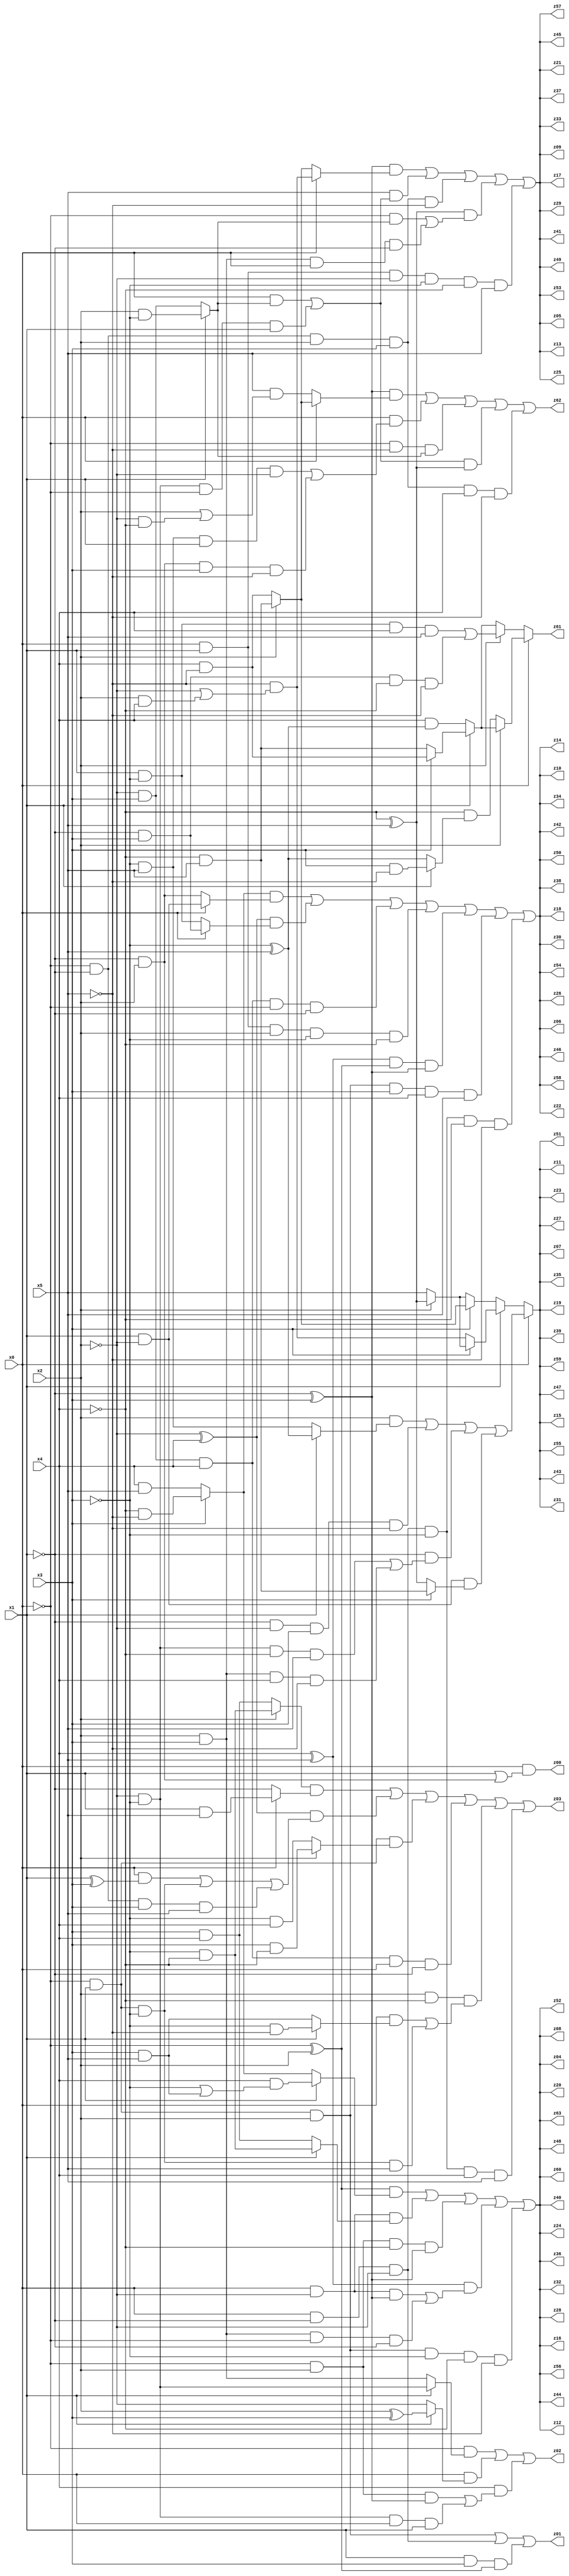
// Benchmark "q_10" written by ABC on Tue Jul 11 01:01:36 2023

module q_10 ( 
    x0, x1, x2, x3, x4, x5,
    z00, z01, z02, z03, z04, z05, z06, z07, z08, z09, z10, z11, z12, z13,
    z14, z15, z16, z17, z18, z19, z20, z21, z22, z23, z24, z25, z26, z27,
    z28, z29, z30, z31, z32, z33, z34, z35, z36, z37, z38, z39, z40, z41,
    z42, z43, z44, z45, z46, z47, z48, z49, z50, z51, z52, z53, z54, z55,
    z56, z57, z58, z59, z60, z61, z62, z63  );
  input  x0, x1, x2, x3, x4, x5;
  output z00, z01, z02, z03, z04, z05, z06, z07, z08, z09, z10, z11, z12, z13,
    z14, z15, z16, z17, z18, z19, z20, z21, z22, z23, z24, z25, z26, z27,
    z28, z29, z30, z31, z32, z33, z34, z35, z36, z37, z38, z39, z40, z41,
    z42, z43, z44, z45, z46, z47, z48, z49, z50, z51, z52, z53, z54, z55,
    z56, z57, z58, z59, z60, z61, z62, z63;
  assign z00 = x0 & (x1 | (~x1 & x2));
  assign z01 = (~x0 & x1 & x2) | (x0 & ~x1 & ~x2) | (x1 & x3 & (~x0 ^ x2));
  assign z02 = (~x0 & (x1 ? (~x2 & ~x3) : (x2 & x3))) | (x0 & (x1 ? (x2 ^ x3) : ~x2)) | (x4 & ((~x0 & x2 & (~x1 ^ x3)) | (~x2 & ~x3 & x0 & x1)));
  assign z03 = ((x2 ? (~x3 & ~x4) : (x3 & x4)) & (x0 ? (x1 & x5) : ~x1)) | ((~x2 ^ x4) & ((x0 & (x1 ^ x3)) | (~x0 & x1 & ~x3) | (~x0 & ~x1 & x3 & x5))) | (~x0 & x1 & (x2 ? (x3 & ~x4) : (~x3 & x4))) | (~x2 & x3 & x4 & x0 & ~x1) | (x2 & ~x4 & ((x0 & (x1 ? (~x3 & ~x5) : (x3 & x5))) | (~x0 & x1 & ~x3 & x5))) | (x0 & ~x1 & ~x2 & ~x3 & x4 & x5);
  assign z04 = ((~x0 ^ x2) & (x1 ? (x4 & (~x3 | (x3 & x5))) : (x3 ? (~x4 & ~x5) : (x4 & x5)))) | (x0 & ~x2 & (x1 ? (~x3 & ~x4) : (x3 & x4))) | (~x0 & x2 & ~x4 & (~x1 ^ x3)) | ((x4 ^ x5) & ((x0 & ~x2 & (~x1 ^ x3)) | (x2 & x3 & ~x0 & ~x1))) | (~x0 & x1 & x2 & ~x3 & ~x4 & ~x5);
  assign z05 = ((~x1 ^ x3) & (x0 ? (~x5 & (~x2 | (x2 & x4))) : (x2 ? (~x4 & x5) : (x4 & ~x5)))) | (x5 & ((x0 & (x1 ? (x2 & ~x3) : (~x2 & x3))) | (~x2 & ~x3 & ~x0 & x1))) | (~x0 & ~x1 & x2 & x3 & ~x5) | ((~x4 ^ x5) & ((~x0 & (x1 ? (x2 & ~x3) : (~x2 & x3))) | (x2 & x3 & x0 & ~x1))) | (x0 & x1 & ~x2 & ~x3 & ~x4 & x5);
  assign z06 = ((x3 ? (~x4 & ~x5) : (x4 & x5)) & (x0 ? (x1 & ~x2) : (~x1 & x2))) | ((~x2 ^ x4) & (x0 ? (~x1 & x3) : (x1 & ~x3))) | (~x2 & x3 & x4 & ~x0 & ~x1) | (x0 & x1 & x2 & ~x3 & ~x4) | ((x4 ^ x5) & (~x0 ^ x2) & (~x1 ^ x3)) | (~x0 & x1 & x2 & x3 & x4 & x5) | (x0 & ~x1 & ~x2 & ~x3 & ~x4 & ~x5);
  assign z07 = x0 ? ((x2 & (x1 ? (~x3 ^ x5) : (~x3 & x5))) | (~x1 & ~x2 & x3 & ~x5) | (~x1 & ((~x2 & ~x3 & ~x4 & x5) | (x2 & x3 & x4 & ~x5))) | (x1 & ~x2 & (x3 ? (~x4 & x5) : (~x4 ^ x5)))) : (x1 ? (x3 ? (x2 ? (~x4 ^ x5) : x5) : (~x5 & (~x2 | (x2 & x4)))) : (x3 ? (x2 ? (~x4 & x5) : (x4 & ~x5)) : (x2 ? (~x4 ^ x5) : x5)));
  assign z08 = ((~x0 ^ x2) & (x1 ? (x4 & (~x3 | (x3 & x5))) : (x3 ? (~x4 & ~x5) : (x4 & x5)))) | (x0 & ~x2 & (x1 ? (~x3 & ~x4) : (x3 & x4))) | (~x0 & x2 & ~x4 & (~x1 ^ x3)) | ((x4 ^ x5) & ((x0 & ~x2 & (~x1 ^ x3)) | (x2 & x3 & ~x0 & ~x1))) | (~x0 & x1 & x2 & ~x3 & ~x4 & ~x5);
  assign z09 = ((~x1 ^ x3) & (x0 ? (~x5 & (~x2 | (x2 & x4))) : (x2 ? (~x4 & x5) : (x4 & ~x5)))) | (x5 & ((x0 & (x1 ? (x2 & ~x3) : (~x2 & x3))) | (~x2 & ~x3 & ~x0 & x1))) | (~x0 & ~x1 & x2 & x3 & ~x5) | ((~x4 ^ x5) & ((~x0 & (x1 ? (x2 & ~x3) : (~x2 & x3))) | (x2 & x3 & x0 & ~x1))) | (x0 & x1 & ~x2 & ~x3 & ~x4 & x5);
  assign z10 = ((x3 ? (~x4 & ~x5) : (x4 & x5)) & (x0 ? (x1 & ~x2) : (~x1 & x2))) | ((~x2 ^ x4) & (x0 ? (~x1 & x3) : (x1 & ~x3))) | (~x2 & x3 & x4 & ~x0 & ~x1) | (x0 & x1 & x2 & ~x3 & ~x4) | ((x4 ^ x5) & (~x0 ^ x2) & (~x1 ^ x3)) | (~x0 & x1 & x2 & x3 & x4 & x5) | (x0 & ~x1 & ~x2 & ~x3 & ~x4 & ~x5);
  assign z11 = x0 ? ((x2 & (x1 ? (~x3 ^ x5) : (~x3 & x5))) | (~x1 & ~x2 & x3 & ~x5) | (~x1 & ((~x2 & ~x3 & ~x4 & x5) | (x2 & x3 & x4 & ~x5))) | (x1 & ~x2 & (x3 ? (~x4 & x5) : (~x4 ^ x5)))) : (x1 ? (x3 ? (x2 ? (~x4 ^ x5) : x5) : (~x5 & (~x2 | (x2 & x4)))) : (x3 ? (x2 ? (~x4 & x5) : (x4 & ~x5)) : (x2 ? (~x4 ^ x5) : x5)));
  assign z12 = ((~x0 ^ x2) & (x1 ? (x4 & (~x3 | (x3 & x5))) : (x3 ? (~x4 & ~x5) : (x4 & x5)))) | (x0 & ~x2 & (x1 ? (~x3 & ~x4) : (x3 & x4))) | (~x0 & x2 & ~x4 & (~x1 ^ x3)) | ((x4 ^ x5) & ((x0 & ~x2 & (~x1 ^ x3)) | (x2 & x3 & ~x0 & ~x1))) | (~x0 & x1 & x2 & ~x3 & ~x4 & ~x5);
  assign z13 = ((~x1 ^ x3) & (x0 ? (~x5 & (~x2 | (x2 & x4))) : (x2 ? (~x4 & x5) : (x4 & ~x5)))) | (x5 & ((x0 & (x1 ? (x2 & ~x3) : (~x2 & x3))) | (~x2 & ~x3 & ~x0 & x1))) | (~x0 & ~x1 & x2 & x3 & ~x5) | ((~x4 ^ x5) & ((~x0 & (x1 ? (x2 & ~x3) : (~x2 & x3))) | (x2 & x3 & x0 & ~x1))) | (x0 & x1 & ~x2 & ~x3 & ~x4 & x5);
  assign z14 = ((x3 ? (~x4 & ~x5) : (x4 & x5)) & (x0 ? (x1 & ~x2) : (~x1 & x2))) | ((~x2 ^ x4) & (x0 ? (~x1 & x3) : (x1 & ~x3))) | (~x2 & x3 & x4 & ~x0 & ~x1) | (x0 & x1 & x2 & ~x3 & ~x4) | ((x4 ^ x5) & (~x0 ^ x2) & (~x1 ^ x3)) | (~x0 & x1 & x2 & x3 & x4 & x5) | (x0 & ~x1 & ~x2 & ~x3 & ~x4 & ~x5);
  assign z15 = x0 ? ((x2 & (x1 ? (~x3 ^ x5) : (~x3 & x5))) | (~x1 & ~x2 & x3 & ~x5) | (~x1 & ((~x2 & ~x3 & ~x4 & x5) | (x2 & x3 & x4 & ~x5))) | (x1 & ~x2 & (x3 ? (~x4 & x5) : (~x4 ^ x5)))) : (x1 ? (x3 ? (x2 ? (~x4 ^ x5) : x5) : (~x5 & (~x2 | (x2 & x4)))) : (x3 ? (x2 ? (~x4 & x5) : (x4 & ~x5)) : (x2 ? (~x4 ^ x5) : x5)));
  assign z16 = ((~x0 ^ x2) & (x1 ? (x4 & (~x3 | (x3 & x5))) : (x3 ? (~x4 & ~x5) : (x4 & x5)))) | (x0 & ~x2 & (x1 ? (~x3 & ~x4) : (x3 & x4))) | (~x0 & x2 & ~x4 & (~x1 ^ x3)) | ((x4 ^ x5) & ((x0 & ~x2 & (~x1 ^ x3)) | (x2 & x3 & ~x0 & ~x1))) | (~x0 & x1 & x2 & ~x3 & ~x4 & ~x5);
  assign z17 = ((~x1 ^ x3) & (x0 ? (~x5 & (~x2 | (x2 & x4))) : (x2 ? (~x4 & x5) : (x4 & ~x5)))) | (x5 & ((x0 & (x1 ? (x2 & ~x3) : (~x2 & x3))) | (~x2 & ~x3 & ~x0 & x1))) | (~x0 & ~x1 & x2 & x3 & ~x5) | ((~x4 ^ x5) & ((~x0 & (x1 ? (x2 & ~x3) : (~x2 & x3))) | (x2 & x3 & x0 & ~x1))) | (x0 & x1 & ~x2 & ~x3 & ~x4 & x5);
  assign z18 = ((x3 ? (~x4 & ~x5) : (x4 & x5)) & (x0 ? (x1 & ~x2) : (~x1 & x2))) | ((~x2 ^ x4) & (x0 ? (~x1 & x3) : (x1 & ~x3))) | (~x2 & x3 & x4 & ~x0 & ~x1) | (x0 & x1 & x2 & ~x3 & ~x4) | ((x4 ^ x5) & (~x0 ^ x2) & (~x1 ^ x3)) | (~x0 & x1 & x2 & x3 & x4 & x5) | (x0 & ~x1 & ~x2 & ~x3 & ~x4 & ~x5);
  assign z19 = x0 ? ((x2 & (x1 ? (~x3 ^ x5) : (~x3 & x5))) | (~x1 & ~x2 & x3 & ~x5) | (~x1 & ((~x2 & ~x3 & ~x4 & x5) | (x2 & x3 & x4 & ~x5))) | (x1 & ~x2 & (x3 ? (~x4 & x5) : (~x4 ^ x5)))) : (x1 ? (x3 ? (x2 ? (~x4 ^ x5) : x5) : (~x5 & (~x2 | (x2 & x4)))) : (x3 ? (x2 ? (~x4 & x5) : (x4 & ~x5)) : (x2 ? (~x4 ^ x5) : x5)));
  assign z20 = ((~x0 ^ x2) & (x1 ? (x4 & (~x3 | (x3 & x5))) : (x3 ? (~x4 & ~x5) : (x4 & x5)))) | (x0 & ~x2 & (x1 ? (~x3 & ~x4) : (x3 & x4))) | (~x0 & x2 & ~x4 & (~x1 ^ x3)) | ((x4 ^ x5) & ((x0 & ~x2 & (~x1 ^ x3)) | (x2 & x3 & ~x0 & ~x1))) | (~x0 & x1 & x2 & ~x3 & ~x4 & ~x5);
  assign z21 = ((~x1 ^ x3) & (x0 ? (~x5 & (~x2 | (x2 & x4))) : (x2 ? (~x4 & x5) : (x4 & ~x5)))) | (x5 & ((x0 & (x1 ? (x2 & ~x3) : (~x2 & x3))) | (~x2 & ~x3 & ~x0 & x1))) | (~x0 & ~x1 & x2 & x3 & ~x5) | ((~x4 ^ x5) & ((~x0 & (x1 ? (x2 & ~x3) : (~x2 & x3))) | (x2 & x3 & x0 & ~x1))) | (x0 & x1 & ~x2 & ~x3 & ~x4 & x5);
  assign z22 = ((x3 ? (~x4 & ~x5) : (x4 & x5)) & (x0 ? (x1 & ~x2) : (~x1 & x2))) | ((~x2 ^ x4) & (x0 ? (~x1 & x3) : (x1 & ~x3))) | (~x2 & x3 & x4 & ~x0 & ~x1) | (x0 & x1 & x2 & ~x3 & ~x4) | ((x4 ^ x5) & (~x0 ^ x2) & (~x1 ^ x3)) | (~x0 & x1 & x2 & x3 & x4 & x5) | (x0 & ~x1 & ~x2 & ~x3 & ~x4 & ~x5);
  assign z23 = x0 ? ((x2 & (x1 ? (~x3 ^ x5) : (~x3 & x5))) | (~x1 & ~x2 & x3 & ~x5) | (~x1 & ((~x2 & ~x3 & ~x4 & x5) | (x2 & x3 & x4 & ~x5))) | (x1 & ~x2 & (x3 ? (~x4 & x5) : (~x4 ^ x5)))) : (x1 ? (x3 ? (x2 ? (~x4 ^ x5) : x5) : (~x5 & (~x2 | (x2 & x4)))) : (x3 ? (x2 ? (~x4 & x5) : (x4 & ~x5)) : (x2 ? (~x4 ^ x5) : x5)));
  assign z24 = ((~x0 ^ x2) & (x1 ? (x4 & (~x3 | (x3 & x5))) : (x3 ? (~x4 & ~x5) : (x4 & x5)))) | (x0 & ~x2 & (x1 ? (~x3 & ~x4) : (x3 & x4))) | (~x0 & x2 & ~x4 & (~x1 ^ x3)) | ((x4 ^ x5) & ((x0 & ~x2 & (~x1 ^ x3)) | (x2 & x3 & ~x0 & ~x1))) | (~x0 & x1 & x2 & ~x3 & ~x4 & ~x5);
  assign z25 = ((~x1 ^ x3) & (x0 ? (~x5 & (~x2 | (x2 & x4))) : (x2 ? (~x4 & x5) : (x4 & ~x5)))) | (x5 & ((x0 & (x1 ? (x2 & ~x3) : (~x2 & x3))) | (~x2 & ~x3 & ~x0 & x1))) | (~x0 & ~x1 & x2 & x3 & ~x5) | ((~x4 ^ x5) & ((~x0 & (x1 ? (x2 & ~x3) : (~x2 & x3))) | (x2 & x3 & x0 & ~x1))) | (x0 & x1 & ~x2 & ~x3 & ~x4 & x5);
  assign z26 = ((x3 ? (~x4 & ~x5) : (x4 & x5)) & (x0 ? (x1 & ~x2) : (~x1 & x2))) | ((~x2 ^ x4) & (x0 ? (~x1 & x3) : (x1 & ~x3))) | (~x2 & x3 & x4 & ~x0 & ~x1) | (x0 & x1 & x2 & ~x3 & ~x4) | ((x4 ^ x5) & (~x0 ^ x2) & (~x1 ^ x3)) | (~x0 & x1 & x2 & x3 & x4 & x5) | (x0 & ~x1 & ~x2 & ~x3 & ~x4 & ~x5);
  assign z27 = x0 ? ((x2 & (x1 ? (~x3 ^ x5) : (~x3 & x5))) | (~x1 & ~x2 & x3 & ~x5) | (~x1 & ((~x2 & ~x3 & ~x4 & x5) | (x2 & x3 & x4 & ~x5))) | (x1 & ~x2 & (x3 ? (~x4 & x5) : (~x4 ^ x5)))) : (x1 ? (x3 ? (x2 ? (~x4 ^ x5) : x5) : (~x5 & (~x2 | (x2 & x4)))) : (x3 ? (x2 ? (~x4 & x5) : (x4 & ~x5)) : (x2 ? (~x4 ^ x5) : x5)));
  assign z28 = ((~x0 ^ x2) & (x1 ? (x4 & (~x3 | (x3 & x5))) : (x3 ? (~x4 & ~x5) : (x4 & x5)))) | (x0 & ~x2 & (x1 ? (~x3 & ~x4) : (x3 & x4))) | (~x0 & x2 & ~x4 & (~x1 ^ x3)) | ((x4 ^ x5) & ((x0 & ~x2 & (~x1 ^ x3)) | (x2 & x3 & ~x0 & ~x1))) | (~x0 & x1 & x2 & ~x3 & ~x4 & ~x5);
  assign z29 = ((~x1 ^ x3) & (x0 ? (~x5 & (~x2 | (x2 & x4))) : (x2 ? (~x4 & x5) : (x4 & ~x5)))) | (x5 & ((x0 & (x1 ? (x2 & ~x3) : (~x2 & x3))) | (~x2 & ~x3 & ~x0 & x1))) | (~x0 & ~x1 & x2 & x3 & ~x5) | ((~x4 ^ x5) & ((~x0 & (x1 ? (x2 & ~x3) : (~x2 & x3))) | (x2 & x3 & x0 & ~x1))) | (x0 & x1 & ~x2 & ~x3 & ~x4 & x5);
  assign z30 = ((x3 ? (~x4 & ~x5) : (x4 & x5)) & (x0 ? (x1 & ~x2) : (~x1 & x2))) | ((~x2 ^ x4) & (x0 ? (~x1 & x3) : (x1 & ~x3))) | (~x2 & x3 & x4 & ~x0 & ~x1) | (x0 & x1 & x2 & ~x3 & ~x4) | ((x4 ^ x5) & (~x0 ^ x2) & (~x1 ^ x3)) | (~x0 & x1 & x2 & x3 & x4 & x5) | (x0 & ~x1 & ~x2 & ~x3 & ~x4 & ~x5);
  assign z31 = x0 ? ((x2 & (x1 ? (~x3 ^ x5) : (~x3 & x5))) | (~x1 & ~x2 & x3 & ~x5) | (~x1 & ((~x2 & ~x3 & ~x4 & x5) | (x2 & x3 & x4 & ~x5))) | (x1 & ~x2 & (x3 ? (~x4 & x5) : (~x4 ^ x5)))) : (x1 ? (x3 ? (x2 ? (~x4 ^ x5) : x5) : (~x5 & (~x2 | (x2 & x4)))) : (x3 ? (x2 ? (~x4 & x5) : (x4 & ~x5)) : (x2 ? (~x4 ^ x5) : x5)));
  assign z32 = ((~x0 ^ x2) & (x1 ? (x4 & (~x3 | (x3 & x5))) : (x3 ? (~x4 & ~x5) : (x4 & x5)))) | (x0 & ~x2 & (x1 ? (~x3 & ~x4) : (x3 & x4))) | (~x0 & x2 & ~x4 & (~x1 ^ x3)) | ((x4 ^ x5) & ((x0 & ~x2 & (~x1 ^ x3)) | (x2 & x3 & ~x0 & ~x1))) | (~x0 & x1 & x2 & ~x3 & ~x4 & ~x5);
  assign z33 = ((~x1 ^ x3) & (x0 ? (~x5 & (~x2 | (x2 & x4))) : (x2 ? (~x4 & x5) : (x4 & ~x5)))) | (x5 & ((x0 & (x1 ? (x2 & ~x3) : (~x2 & x3))) | (~x2 & ~x3 & ~x0 & x1))) | (~x0 & ~x1 & x2 & x3 & ~x5) | ((~x4 ^ x5) & ((~x0 & (x1 ? (x2 & ~x3) : (~x2 & x3))) | (x2 & x3 & x0 & ~x1))) | (x0 & x1 & ~x2 & ~x3 & ~x4 & x5);
  assign z34 = ((x3 ? (~x4 & ~x5) : (x4 & x5)) & (x0 ? (x1 & ~x2) : (~x1 & x2))) | ((~x2 ^ x4) & (x0 ? (~x1 & x3) : (x1 & ~x3))) | (~x2 & x3 & x4 & ~x0 & ~x1) | (x0 & x1 & x2 & ~x3 & ~x4) | ((x4 ^ x5) & (~x0 ^ x2) & (~x1 ^ x3)) | (~x0 & x1 & x2 & x3 & x4 & x5) | (x0 & ~x1 & ~x2 & ~x3 & ~x4 & ~x5);
  assign z35 = x0 ? ((x2 & (x1 ? (~x3 ^ x5) : (~x3 & x5))) | (~x1 & ~x2 & x3 & ~x5) | (~x1 & ((~x2 & ~x3 & ~x4 & x5) | (x2 & x3 & x4 & ~x5))) | (x1 & ~x2 & (x3 ? (~x4 & x5) : (~x4 ^ x5)))) : (x1 ? (x3 ? (x2 ? (~x4 ^ x5) : x5) : (~x5 & (~x2 | (x2 & x4)))) : (x3 ? (x2 ? (~x4 & x5) : (x4 & ~x5)) : (x2 ? (~x4 ^ x5) : x5)));
  assign z36 = ((~x0 ^ x2) & (x1 ? (x4 & (~x3 | (x3 & x5))) : (x3 ? (~x4 & ~x5) : (x4 & x5)))) | (x0 & ~x2 & (x1 ? (~x3 & ~x4) : (x3 & x4))) | (~x0 & x2 & ~x4 & (~x1 ^ x3)) | ((x4 ^ x5) & ((x0 & ~x2 & (~x1 ^ x3)) | (x2 & x3 & ~x0 & ~x1))) | (~x0 & x1 & x2 & ~x3 & ~x4 & ~x5);
  assign z37 = ((~x1 ^ x3) & (x0 ? (~x5 & (~x2 | (x2 & x4))) : (x2 ? (~x4 & x5) : (x4 & ~x5)))) | (x5 & ((x0 & (x1 ? (x2 & ~x3) : (~x2 & x3))) | (~x2 & ~x3 & ~x0 & x1))) | (~x0 & ~x1 & x2 & x3 & ~x5) | ((~x4 ^ x5) & ((~x0 & (x1 ? (x2 & ~x3) : (~x2 & x3))) | (x2 & x3 & x0 & ~x1))) | (x0 & x1 & ~x2 & ~x3 & ~x4 & x5);
  assign z38 = ((x3 ? (~x4 & ~x5) : (x4 & x5)) & (x0 ? (x1 & ~x2) : (~x1 & x2))) | ((~x2 ^ x4) & (x0 ? (~x1 & x3) : (x1 & ~x3))) | (~x2 & x3 & x4 & ~x0 & ~x1) | (x0 & x1 & x2 & ~x3 & ~x4) | ((x4 ^ x5) & (~x0 ^ x2) & (~x1 ^ x3)) | (~x0 & x1 & x2 & x3 & x4 & x5) | (x0 & ~x1 & ~x2 & ~x3 & ~x4 & ~x5);
  assign z39 = x0 ? ((x2 & (x1 ? (~x3 ^ x5) : (~x3 & x5))) | (~x1 & ~x2 & x3 & ~x5) | (~x1 & ((~x2 & ~x3 & ~x4 & x5) | (x2 & x3 & x4 & ~x5))) | (x1 & ~x2 & (x3 ? (~x4 & x5) : (~x4 ^ x5)))) : (x1 ? (x3 ? (x2 ? (~x4 ^ x5) : x5) : (~x5 & (~x2 | (x2 & x4)))) : (x3 ? (x2 ? (~x4 & x5) : (x4 & ~x5)) : (x2 ? (~x4 ^ x5) : x5)));
  assign z40 = ((~x0 ^ x2) & (x1 ? (x4 & (~x3 | (x3 & x5))) : (x3 ? (~x4 & ~x5) : (x4 & x5)))) | (x0 & ~x2 & (x1 ? (~x3 & ~x4) : (x3 & x4))) | (~x0 & x2 & ~x4 & (~x1 ^ x3)) | ((x4 ^ x5) & ((x0 & ~x2 & (~x1 ^ x3)) | (x2 & x3 & ~x0 & ~x1))) | (~x0 & x1 & x2 & ~x3 & ~x4 & ~x5);
  assign z41 = ((~x1 ^ x3) & (x0 ? (~x5 & (~x2 | (x2 & x4))) : (x2 ? (~x4 & x5) : (x4 & ~x5)))) | (x5 & ((x0 & (x1 ? (x2 & ~x3) : (~x2 & x3))) | (~x2 & ~x3 & ~x0 & x1))) | (~x0 & ~x1 & x2 & x3 & ~x5) | ((~x4 ^ x5) & ((~x0 & (x1 ? (x2 & ~x3) : (~x2 & x3))) | (x2 & x3 & x0 & ~x1))) | (x0 & x1 & ~x2 & ~x3 & ~x4 & x5);
  assign z42 = ((x3 ? (~x4 & ~x5) : (x4 & x5)) & (x0 ? (x1 & ~x2) : (~x1 & x2))) | ((~x2 ^ x4) & (x0 ? (~x1 & x3) : (x1 & ~x3))) | (~x2 & x3 & x4 & ~x0 & ~x1) | (x0 & x1 & x2 & ~x3 & ~x4) | ((x4 ^ x5) & (~x0 ^ x2) & (~x1 ^ x3)) | (~x0 & x1 & x2 & x3 & x4 & x5) | (x0 & ~x1 & ~x2 & ~x3 & ~x4 & ~x5);
  assign z43 = x0 ? ((x2 & (x1 ? (~x3 ^ x5) : (~x3 & x5))) | (~x1 & ~x2 & x3 & ~x5) | (~x1 & ((~x2 & ~x3 & ~x4 & x5) | (x2 & x3 & x4 & ~x5))) | (x1 & ~x2 & (x3 ? (~x4 & x5) : (~x4 ^ x5)))) : (x1 ? (x3 ? (x2 ? (~x4 ^ x5) : x5) : (~x5 & (~x2 | (x2 & x4)))) : (x3 ? (x2 ? (~x4 & x5) : (x4 & ~x5)) : (x2 ? (~x4 ^ x5) : x5)));
  assign z44 = ((~x0 ^ x2) & (x1 ? (x4 & (~x3 | (x3 & x5))) : (x3 ? (~x4 & ~x5) : (x4 & x5)))) | (x0 & ~x2 & (x1 ? (~x3 & ~x4) : (x3 & x4))) | (~x0 & x2 & ~x4 & (~x1 ^ x3)) | ((x4 ^ x5) & ((x0 & ~x2 & (~x1 ^ x3)) | (x2 & x3 & ~x0 & ~x1))) | (~x0 & x1 & x2 & ~x3 & ~x4 & ~x5);
  assign z45 = ((~x1 ^ x3) & (x0 ? (~x5 & (~x2 | (x2 & x4))) : (x2 ? (~x4 & x5) : (x4 & ~x5)))) | (x5 & ((x0 & (x1 ? (x2 & ~x3) : (~x2 & x3))) | (~x2 & ~x3 & ~x0 & x1))) | (~x0 & ~x1 & x2 & x3 & ~x5) | ((~x4 ^ x5) & ((~x0 & (x1 ? (x2 & ~x3) : (~x2 & x3))) | (x2 & x3 & x0 & ~x1))) | (x0 & x1 & ~x2 & ~x3 & ~x4 & x5);
  assign z46 = ((x3 ? (~x4 & ~x5) : (x4 & x5)) & (x0 ? (x1 & ~x2) : (~x1 & x2))) | ((~x2 ^ x4) & (x0 ? (~x1 & x3) : (x1 & ~x3))) | (~x2 & x3 & x4 & ~x0 & ~x1) | (x0 & x1 & x2 & ~x3 & ~x4) | ((x4 ^ x5) & (~x0 ^ x2) & (~x1 ^ x3)) | (~x0 & x1 & x2 & x3 & x4 & x5) | (x0 & ~x1 & ~x2 & ~x3 & ~x4 & ~x5);
  assign z47 = x0 ? ((x2 & (x1 ? (~x3 ^ x5) : (~x3 & x5))) | (~x1 & ~x2 & x3 & ~x5) | (~x1 & ((~x2 & ~x3 & ~x4 & x5) | (x2 & x3 & x4 & ~x5))) | (x1 & ~x2 & (x3 ? (~x4 & x5) : (~x4 ^ x5)))) : (x1 ? (x3 ? (x2 ? (~x4 ^ x5) : x5) : (~x5 & (~x2 | (x2 & x4)))) : (x3 ? (x2 ? (~x4 & x5) : (x4 & ~x5)) : (x2 ? (~x4 ^ x5) : x5)));
  assign z48 = ((~x0 ^ x2) & (x1 ? (x4 & (~x3 | (x3 & x5))) : (x3 ? (~x4 & ~x5) : (x4 & x5)))) | (x0 & ~x2 & (x1 ? (~x3 & ~x4) : (x3 & x4))) | (~x0 & x2 & ~x4 & (~x1 ^ x3)) | ((x4 ^ x5) & ((x0 & ~x2 & (~x1 ^ x3)) | (x2 & x3 & ~x0 & ~x1))) | (~x0 & x1 & x2 & ~x3 & ~x4 & ~x5);
  assign z49 = ((~x1 ^ x3) & (x0 ? (~x5 & (~x2 | (x2 & x4))) : (x2 ? (~x4 & x5) : (x4 & ~x5)))) | (x5 & ((x0 & (x1 ? (x2 & ~x3) : (~x2 & x3))) | (~x2 & ~x3 & ~x0 & x1))) | (~x0 & ~x1 & x2 & x3 & ~x5) | ((~x4 ^ x5) & ((~x0 & (x1 ? (x2 & ~x3) : (~x2 & x3))) | (x2 & x3 & x0 & ~x1))) | (x0 & x1 & ~x2 & ~x3 & ~x4 & x5);
  assign z50 = ((x3 ? (~x4 & ~x5) : (x4 & x5)) & (x0 ? (x1 & ~x2) : (~x1 & x2))) | ((~x2 ^ x4) & (x0 ? (~x1 & x3) : (x1 & ~x3))) | (~x2 & x3 & x4 & ~x0 & ~x1) | (x0 & x1 & x2 & ~x3 & ~x4) | ((x4 ^ x5) & (~x0 ^ x2) & (~x1 ^ x3)) | (~x0 & x1 & x2 & x3 & x4 & x5) | (x0 & ~x1 & ~x2 & ~x3 & ~x4 & ~x5);
  assign z51 = x0 ? ((x2 & (x1 ? (~x3 ^ x5) : (~x3 & x5))) | (~x1 & ~x2 & x3 & ~x5) | (~x1 & ((~x2 & ~x3 & ~x4 & x5) | (x2 & x3 & x4 & ~x5))) | (x1 & ~x2 & (x3 ? (~x4 & x5) : (~x4 ^ x5)))) : (x1 ? (x3 ? (x2 ? (~x4 ^ x5) : x5) : (~x5 & (~x2 | (x2 & x4)))) : (x3 ? (x2 ? (~x4 & x5) : (x4 & ~x5)) : (x2 ? (~x4 ^ x5) : x5)));
  assign z52 = ((~x0 ^ x2) & (x1 ? (x4 & (~x3 | (x3 & x5))) : (x3 ? (~x4 & ~x5) : (x4 & x5)))) | (x0 & ~x2 & (x1 ? (~x3 & ~x4) : (x3 & x4))) | (~x0 & x2 & ~x4 & (~x1 ^ x3)) | ((x4 ^ x5) & ((x0 & ~x2 & (~x1 ^ x3)) | (x2 & x3 & ~x0 & ~x1))) | (~x0 & x1 & x2 & ~x3 & ~x4 & ~x5);
  assign z53 = ((~x1 ^ x3) & (x0 ? (~x5 & (~x2 | (x2 & x4))) : (x2 ? (~x4 & x5) : (x4 & ~x5)))) | (x5 & ((x0 & (x1 ? (x2 & ~x3) : (~x2 & x3))) | (~x2 & ~x3 & ~x0 & x1))) | (~x0 & ~x1 & x2 & x3 & ~x5) | ((~x4 ^ x5) & ((~x0 & (x1 ? (x2 & ~x3) : (~x2 & x3))) | (x2 & x3 & x0 & ~x1))) | (x0 & x1 & ~x2 & ~x3 & ~x4 & x5);
  assign z54 = ((x3 ? (~x4 & ~x5) : (x4 & x5)) & (x0 ? (x1 & ~x2) : (~x1 & x2))) | ((~x2 ^ x4) & (x0 ? (~x1 & x3) : (x1 & ~x3))) | (~x2 & x3 & x4 & ~x0 & ~x1) | (x0 & x1 & x2 & ~x3 & ~x4) | ((x4 ^ x5) & (~x0 ^ x2) & (~x1 ^ x3)) | (~x0 & x1 & x2 & x3 & x4 & x5) | (x0 & ~x1 & ~x2 & ~x3 & ~x4 & ~x5);
  assign z55 = x0 ? ((x2 & (x1 ? (~x3 ^ x5) : (~x3 & x5))) | (~x1 & ~x2 & x3 & ~x5) | (~x1 & ((~x2 & ~x3 & ~x4 & x5) | (x2 & x3 & x4 & ~x5))) | (x1 & ~x2 & (x3 ? (~x4 & x5) : (~x4 ^ x5)))) : (x1 ? (x3 ? (x2 ? (~x4 ^ x5) : x5) : (~x5 & (~x2 | (x2 & x4)))) : (x3 ? (x2 ? (~x4 & x5) : (x4 & ~x5)) : (x2 ? (~x4 ^ x5) : x5)));
  assign z56 = ((~x0 ^ x2) & (x1 ? (x4 & (~x3 | (x3 & x5))) : (x3 ? (~x4 & ~x5) : (x4 & x5)))) | (x0 & ~x2 & (x1 ? (~x3 & ~x4) : (x3 & x4))) | (~x0 & x2 & ~x4 & (~x1 ^ x3)) | ((x4 ^ x5) & ((x0 & ~x2 & (~x1 ^ x3)) | (x2 & x3 & ~x0 & ~x1))) | (~x0 & x1 & x2 & ~x3 & ~x4 & ~x5);
  assign z57 = ((~x1 ^ x3) & (x0 ? (~x5 & (~x2 | (x2 & x4))) : (x2 ? (~x4 & x5) : (x4 & ~x5)))) | (x5 & ((x0 & (x1 ? (x2 & ~x3) : (~x2 & x3))) | (~x2 & ~x3 & ~x0 & x1))) | (~x0 & ~x1 & x2 & x3 & ~x5) | ((~x4 ^ x5) & ((~x0 & (x1 ? (x2 & ~x3) : (~x2 & x3))) | (x2 & x3 & x0 & ~x1))) | (x0 & x1 & ~x2 & ~x3 & ~x4 & x5);
  assign z58 = ((x3 ? (~x4 & ~x5) : (x4 & x5)) & (x0 ? (x1 & ~x2) : (~x1 & x2))) | ((~x2 ^ x4) & (x0 ? (~x1 & x3) : (x1 & ~x3))) | (~x2 & x3 & x4 & ~x0 & ~x1) | (x0 & x1 & x2 & ~x3 & ~x4) | ((x4 ^ x5) & (~x0 ^ x2) & (~x1 ^ x3)) | (~x0 & x1 & x2 & x3 & x4 & x5) | (x0 & ~x1 & ~x2 & ~x3 & ~x4 & ~x5);
  assign z59 = x0 ? ((x2 & (x1 ? (~x3 ^ x5) : (~x3 & x5))) | (~x1 & ~x2 & x3 & ~x5) | (~x1 & ((~x2 & ~x3 & ~x4 & x5) | (x2 & x3 & x4 & ~x5))) | (x1 & ~x2 & (x3 ? (~x4 & x5) : (~x4 ^ x5)))) : (x1 ? (x3 ? (x2 ? (~x4 ^ x5) : x5) : (~x5 & (~x2 | (x2 & x4)))) : (x3 ? (x2 ? (~x4 & x5) : (x4 & ~x5)) : (x2 ? (~x4 ^ x5) : x5)));
  assign z60 = ((~x0 ^ x2) & (x1 ? (x4 & (~x3 | (x3 & x5))) : (x3 ? (~x4 & ~x5) : (x4 & x5)))) | (x0 & ~x2 & (x1 ? (~x3 & ~x4) : (x3 & x4))) | (~x0 & x2 & ~x4 & (~x1 ^ x3)) | ((x4 ^ x5) & ((x0 & ~x2 & (~x1 ^ x3)) | (x2 & x3 & ~x0 & ~x1))) | (~x0 & x1 & x2 & ~x3 & ~x4 & ~x5);
  assign z61 = x0 ? (x2 ? (x1 ? (x3 ? (x4 & ~x5) : (~x4 & x5)) : (x4 & (~x3 ^ x5))) : (~x4 & (x1 ? (x3 & ~x5) : (~x3 ^ x5)))) : (x2 ? ((x1 & ~x3 & x4 & x5) | (~x1 & x3 & ~x4 & ~x5)) : (x1 ? (x3 ? (x4 & ~x5) : (~x4 & x5)) : (x4 & (~x3 ^ x5))));
  assign z62 = ((~x1 ^ x3) & (x0 ? (x2 ? (~x4 & x5) : (x4 & ~x5)) : (x5 & (x2 | (~x2 & ~x4))))) | (x0 & ((~x3 & x5 & x1 & ~x2) | (~x1 & x2 & x3 & ~x5))) | (~x0 & ~x5 & (x1 ? (x2 & ~x3) : (~x2 & x3))) | (((x0 & (x1 ? (x2 & ~x3) : (~x2 & x3))) | (~x2 & ~x3 & ~x0 & x1)) & (~x4 ^ x5)) | (~x0 & ~x1 & x2 & x3 & x4 & ~x5);
  assign z63 = ((~x0 ^ x2) & (x1 ? (x4 & (~x3 | (x3 & x5))) : (x3 ? (~x4 & ~x5) : (x4 & x5)))) | (x0 & ~x2 & (x1 ? (~x3 & ~x4) : (x3 & x4))) | (~x0 & x2 & ~x4 & (~x1 ^ x3)) | ((x4 ^ x5) & ((x0 & ~x2 & (~x1 ^ x3)) | (x2 & x3 & ~x0 & ~x1))) | (~x0 & x1 & x2 & ~x3 & ~x4 & ~x5);
endmodule